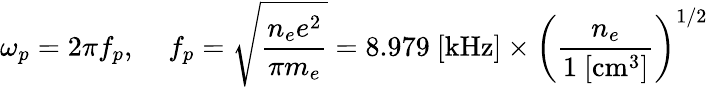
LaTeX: \omega_{p}=2\pi f_{p},\; \; \; \; f_{p}=\sqrt{\frac{n_{e}e^{2}}{\pi m_{e}}}=8.979~[\mathrm{kHz}]\times\left(\frac{n_{e}}{1~[\mathrm{cm}^{3}]}\right)^{1/2}